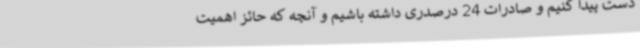
دست پیدا کنیم و صادرات 24 درصدری داشته باشیم و آنچه که حائز اهمیت